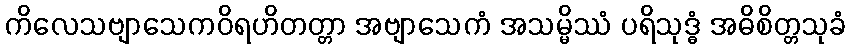
ကိလေသဗျာသေကဝိရဟိတတ္တာ အဗျာသေကံ အသမ္မိဿံ ပရိသုဒ္ဓံ အဓိစိတ္တသုခံ